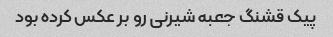
پیک قشنگ جعبه شیرنی رو بر عکس کرده بود